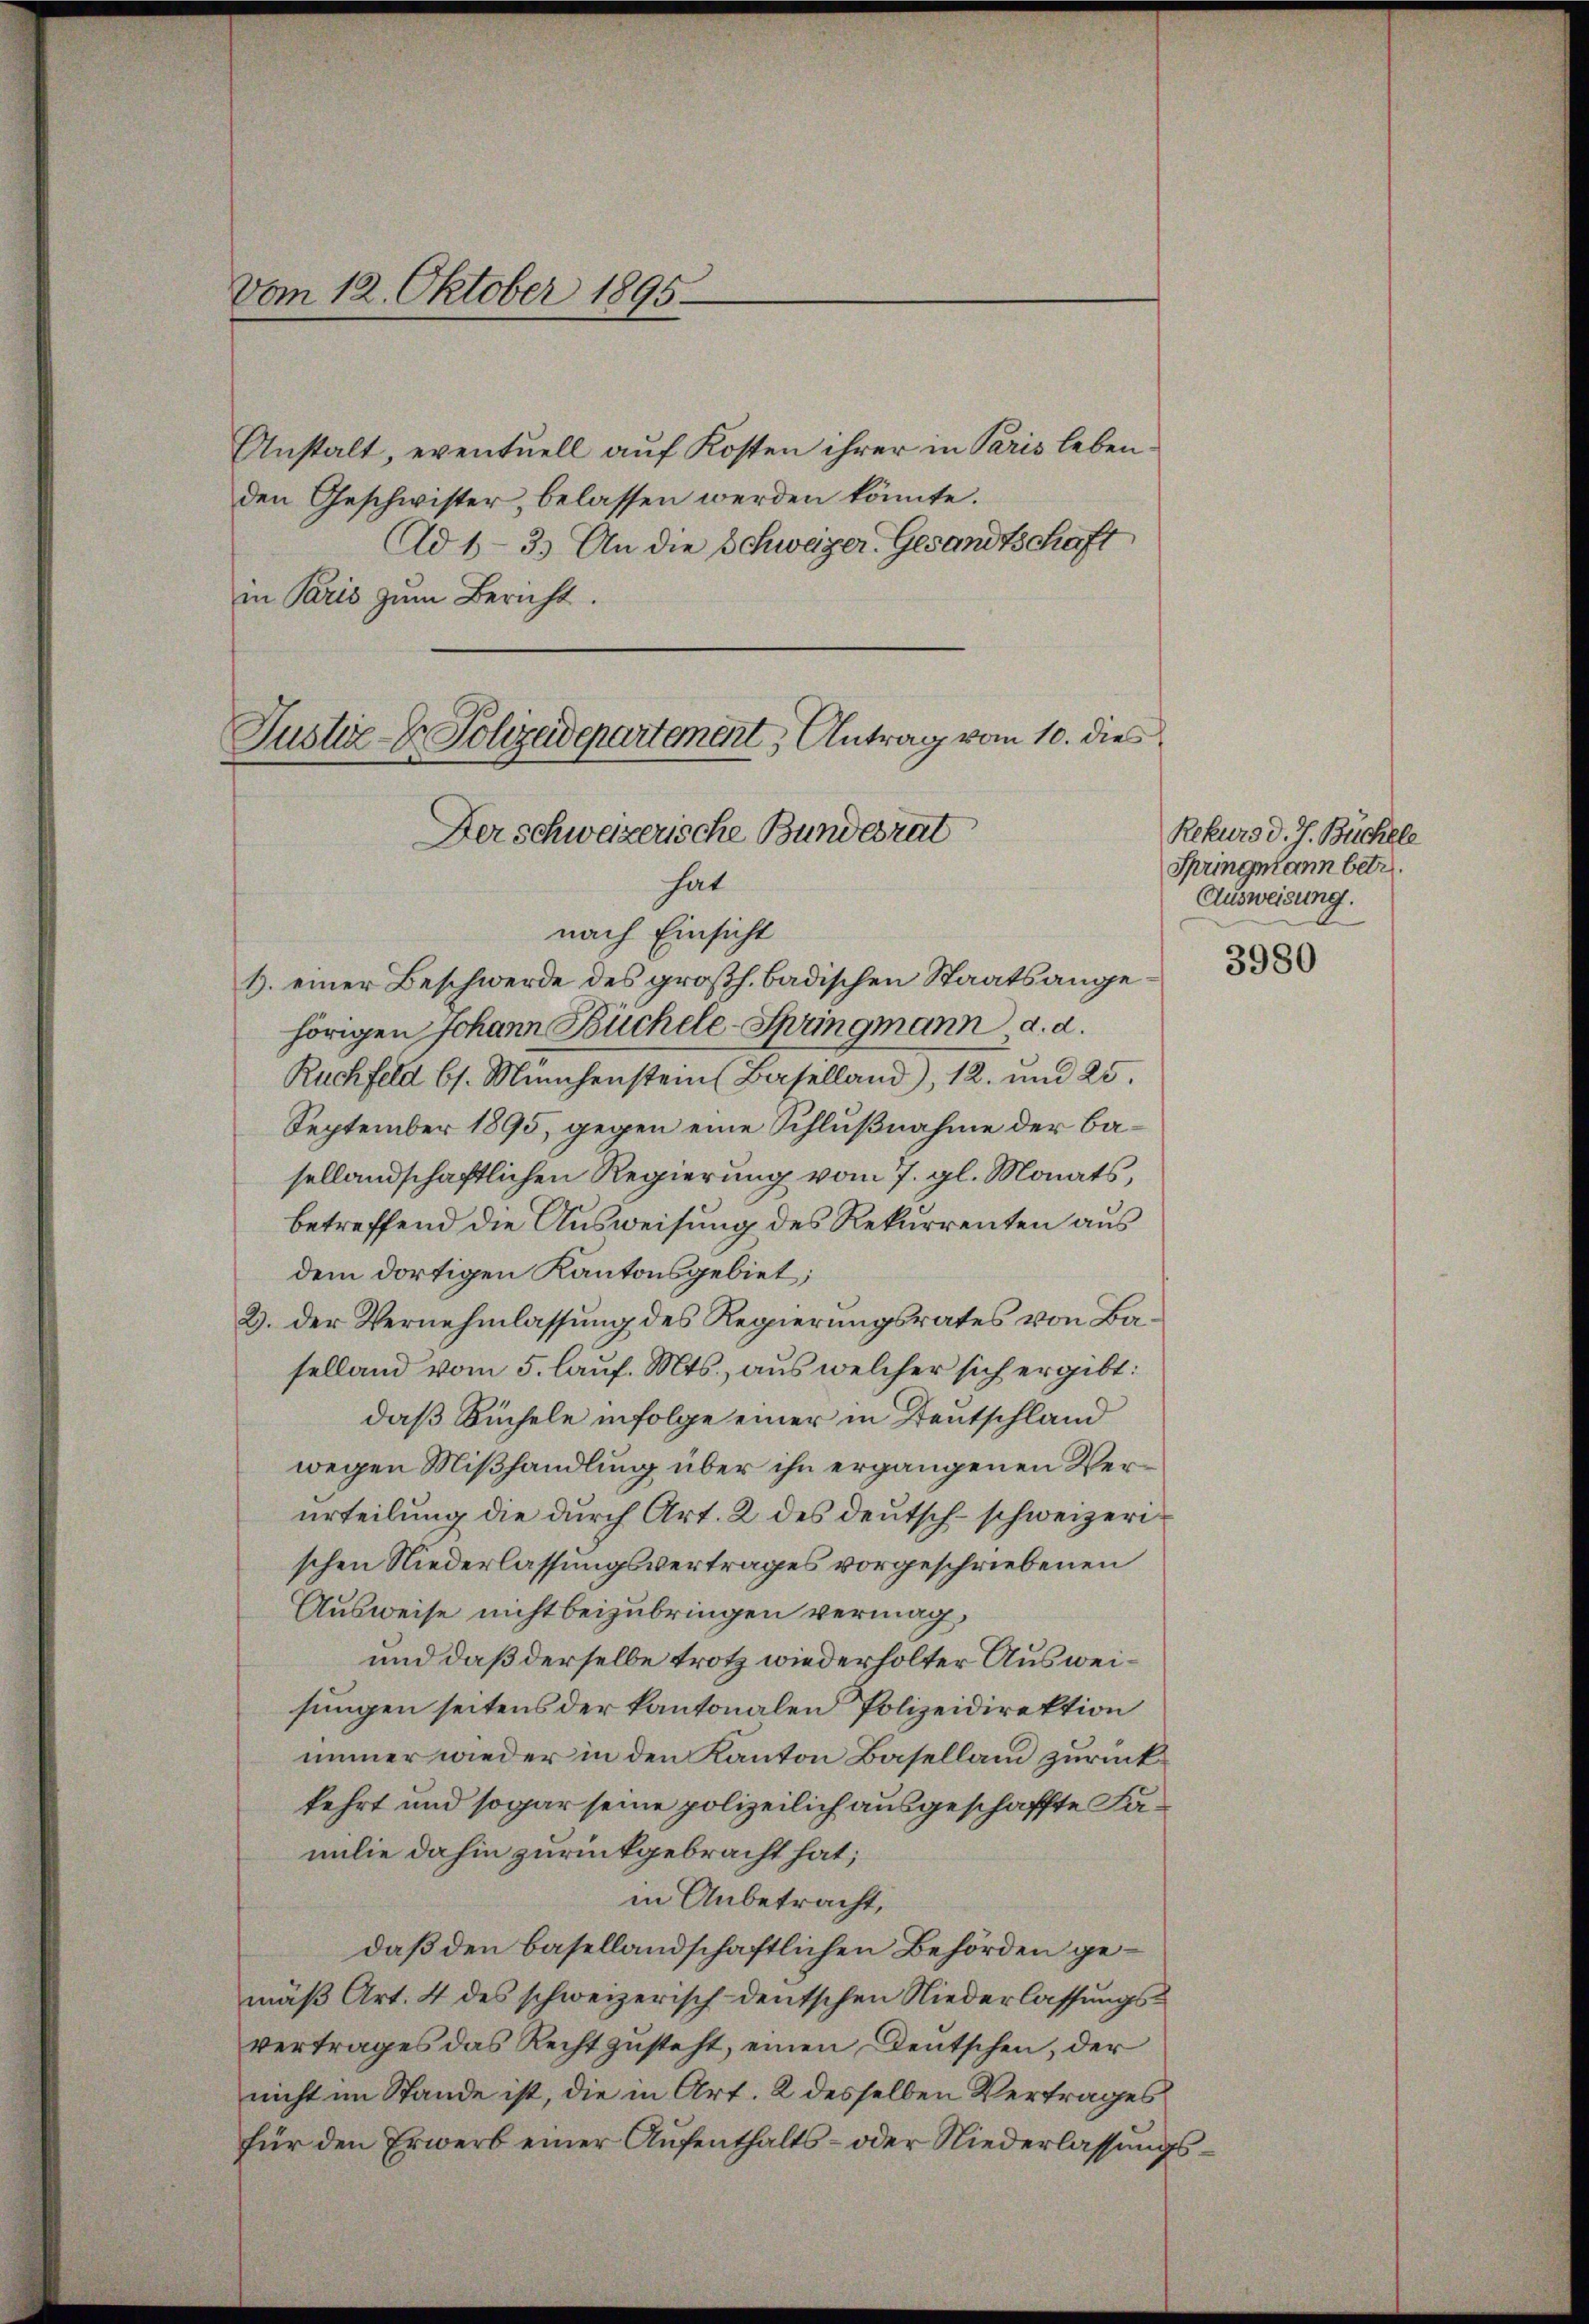
Vom 12. Oktober 1895

Anstalt, eventuell auf Kosten ihrer in Paris leben
den Geschwister, belassen werden könnte.
Ad 1-3.) An die Schweizer-Gesandtschaft
in Paris zum Bericht.

Justiz- & Polizeidepartement, Antrag vom 10. dies
Der schweizerische Bundesrat
hat

nach Einsicht
Z. einer Beschwerde des großh. badischen Staatsangehörigen Johann Büchele Springmann, d. d.
Ruchfeld bs. Münchenstein Baselland), 12. und 25.
September 1895, gegen eine Schlußnahme der basellandschaftlichen Regierung vom 7. gl. Monats,
betreffend die Ausweisung des Rekurrenten aus
dem dortigen Kantonsgebiet;
2. der Vernehmlassung des Regierungsrates von Baselland vom 5. lauf. Mts., aus welcher sich ergibt:
daß Büchele infolge einer in Tentschland
wegen Mißhandlung über ihn ergangenen Verurteilung die durch Art. 2 des deutsch-schweizerischen Niederlassungsvertrages vorgeschriebenen
Ausweise nicht beizubringen vermag,
und daß derselbe trotz wiederholter Ausweisungen seitens der kantonalen Polizeidirektion
immer wieder in den Kanton Baselland zurückkehrt und sogar seine polizeilich ausgeschaffte Familie dahin zurückgebracht hat;
in Anbetracht,
daß den basellandschaftlichen Behörden gemäß Art. 4 des schweizerisch deutschen Niederlassungsvertrages das Recht zusteht, einen Deutschen, der
nicht im Stande ist, die in Art. 2 desselben Vertrages
für den Erwerb einer Aufenthalts- oder Niederlassungs¬

Rekurs d. J. Büchele
Springekann betr.
Ausweisung.

3980